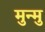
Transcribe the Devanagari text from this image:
मुन्मु